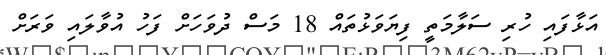
އަޅާފައި ހުރި ސަލާމަތީ ފިޔަވަޅުތައް 18 މަސް ދުވަހަށް ފަހު އުވާލައި ވަރަށް